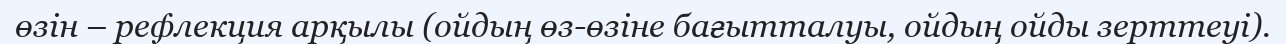
өзін – рефлекция арқылы (ойдың өз-өзіне бағытталуы, ойдың ойды зерттеуі).